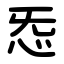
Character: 㤅